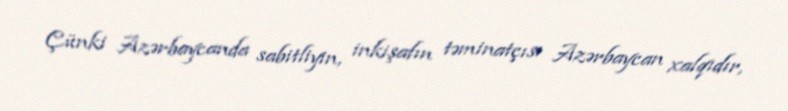
Çünki Azərbaycanda sabitliyin, inkişafın təminatçısı Azərbaycan xalqıdır,